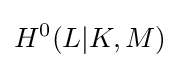
H^{0}(L|K,M)